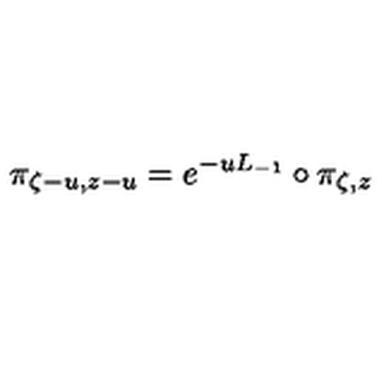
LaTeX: \pi _ { \zeta - u , z - u } = e ^ { - u L _ { - 1 } } \circ \pi _ { \zeta , z }